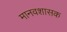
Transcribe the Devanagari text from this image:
मानवशासक